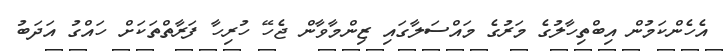
އެހެންކަމުން އިބްތިހާލުގެ މަރުގެ މައްސަލާގައި ޒިންމާވާން ޖެހޭ ހުރިހާ ފަރާތްތަކަށް ހައްގު އަދަބު